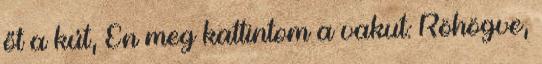
őt a kút, Én meg kattintom a vakut: Röhögve,